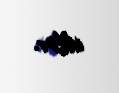
idilər.